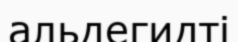
альдегидті